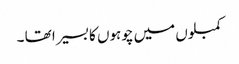
کمبلوں میں چوہوں کا بسیرا تھا ۔